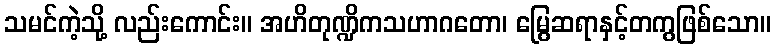
သမင်ကဲ့သို့ လည်းကောင်း။ အဟိတုဏ္ဍိကသဟာဂတော၊ မြွေဆရာနှင့်တကွဖြစ်သော။